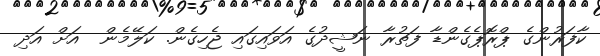
ކާފަރުންގެ ޕްރޮޕެގެންޑާ ފަތުރާ ނަޝީދުގެ އަވައިގައި ޖެހިގެން. ކަލޭމެން  އަށް އަދި